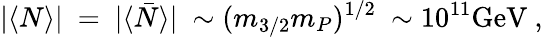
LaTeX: |\langle N\rangle|~=~|\langle\bar{N}\rangle|~\sim(m_{3/2}m_{P})^{1/2}~\sim 10^{11}\mathrm{{GeV}}~,